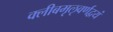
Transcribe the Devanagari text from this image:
क्लीबमृऌवर्णद्वयं